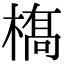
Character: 𫞏